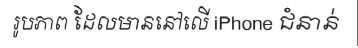
រូបភាព ដែលមាននៅលើ iPhone ជំនាន់